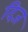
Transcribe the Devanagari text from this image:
दिज